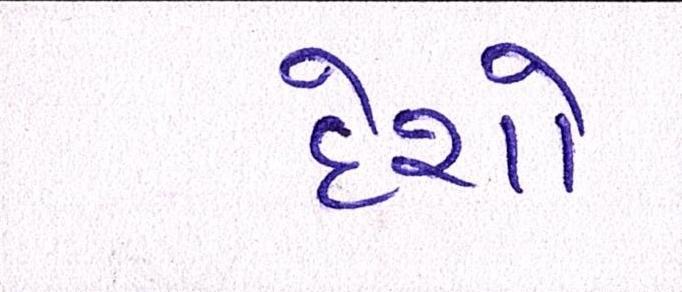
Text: દેશો